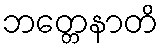
ဘတ္တေနာတိ